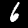
Label: 6